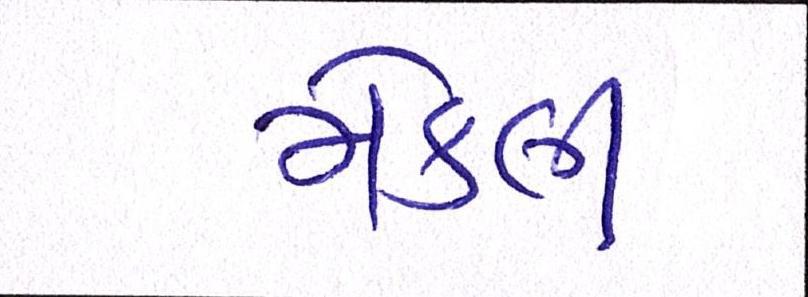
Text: મેકલી